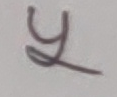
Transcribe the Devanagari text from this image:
य